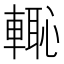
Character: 𮝡